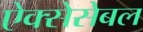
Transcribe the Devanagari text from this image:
ऐक्सेसेबल